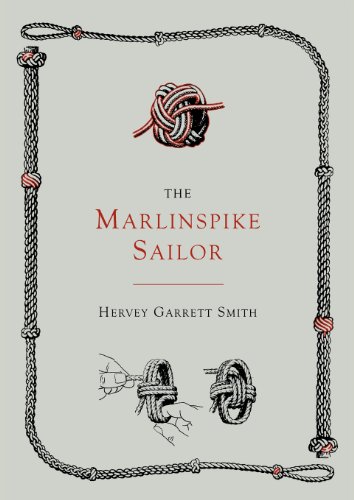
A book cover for The Marlinspike Sailor [Second Edition, Enlarged]; Hervey Garrett Smith; Crafts, Hobbies & Home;